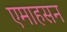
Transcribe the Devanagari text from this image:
एमाहसन